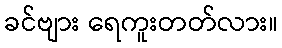
ခင်ဗျား ရေကူးတတ်လား။